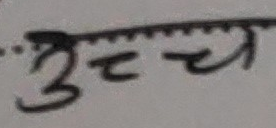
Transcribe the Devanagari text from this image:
उच्च